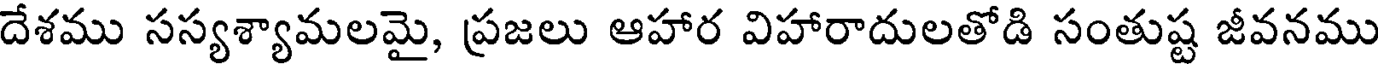
దేశము సస్యశ్యామలమై, ప్రజలు ఆహార విహారాదులతోడి సంతుష్ట జీవనము